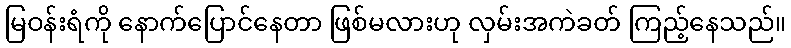
မြဝန်းရံကို နောက်ပြောင်နေတာ ဖြစ်မလားဟု လှမ်းအကဲခတ် ကြည့်နေသည်။